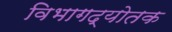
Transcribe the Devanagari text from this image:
विभागद्योतक